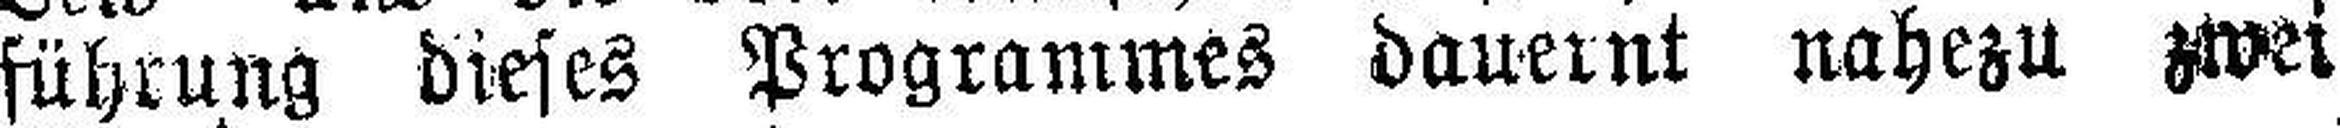
führung dieses Programmes dauernt nahezu zwei